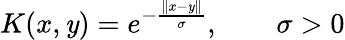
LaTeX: K(x,\mathit{y})=e^{-{\frac{{\| x-\mathit{y}\| }}{{\sigma}}}},\qquad\sigma>0